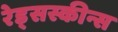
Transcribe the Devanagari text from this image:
रेड्सस्कीन्स